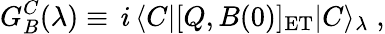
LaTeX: G_{B}^{C}(\lambda)\equiv\, i\, \langle C|[Q,B(0)]_{\mathrm{ET}}|C\rangle_{\lambda}\; ,